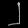
Digit: ၂